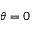
\theta = 0